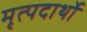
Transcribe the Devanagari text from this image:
मृत्पदार्थो